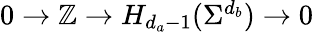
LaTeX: \begin{array}{r}{0\to\mathbb{Z}\to H_{d_{a}-1}(\Sigma^{d_{b}})\to 0}\end{array}